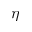
\eta